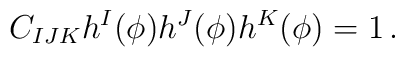
C_{IJK} h^I(\phi ) h^J(\phi ) h^K(\phi )=1 \,.